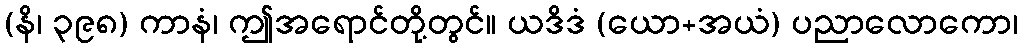
(နိ၊ ၃၉၈) ကာနံ၊ ဤအရောင်တို့တွင်။ ယဒိဒံ (ယော+အယံ) ပညာလောကော၊